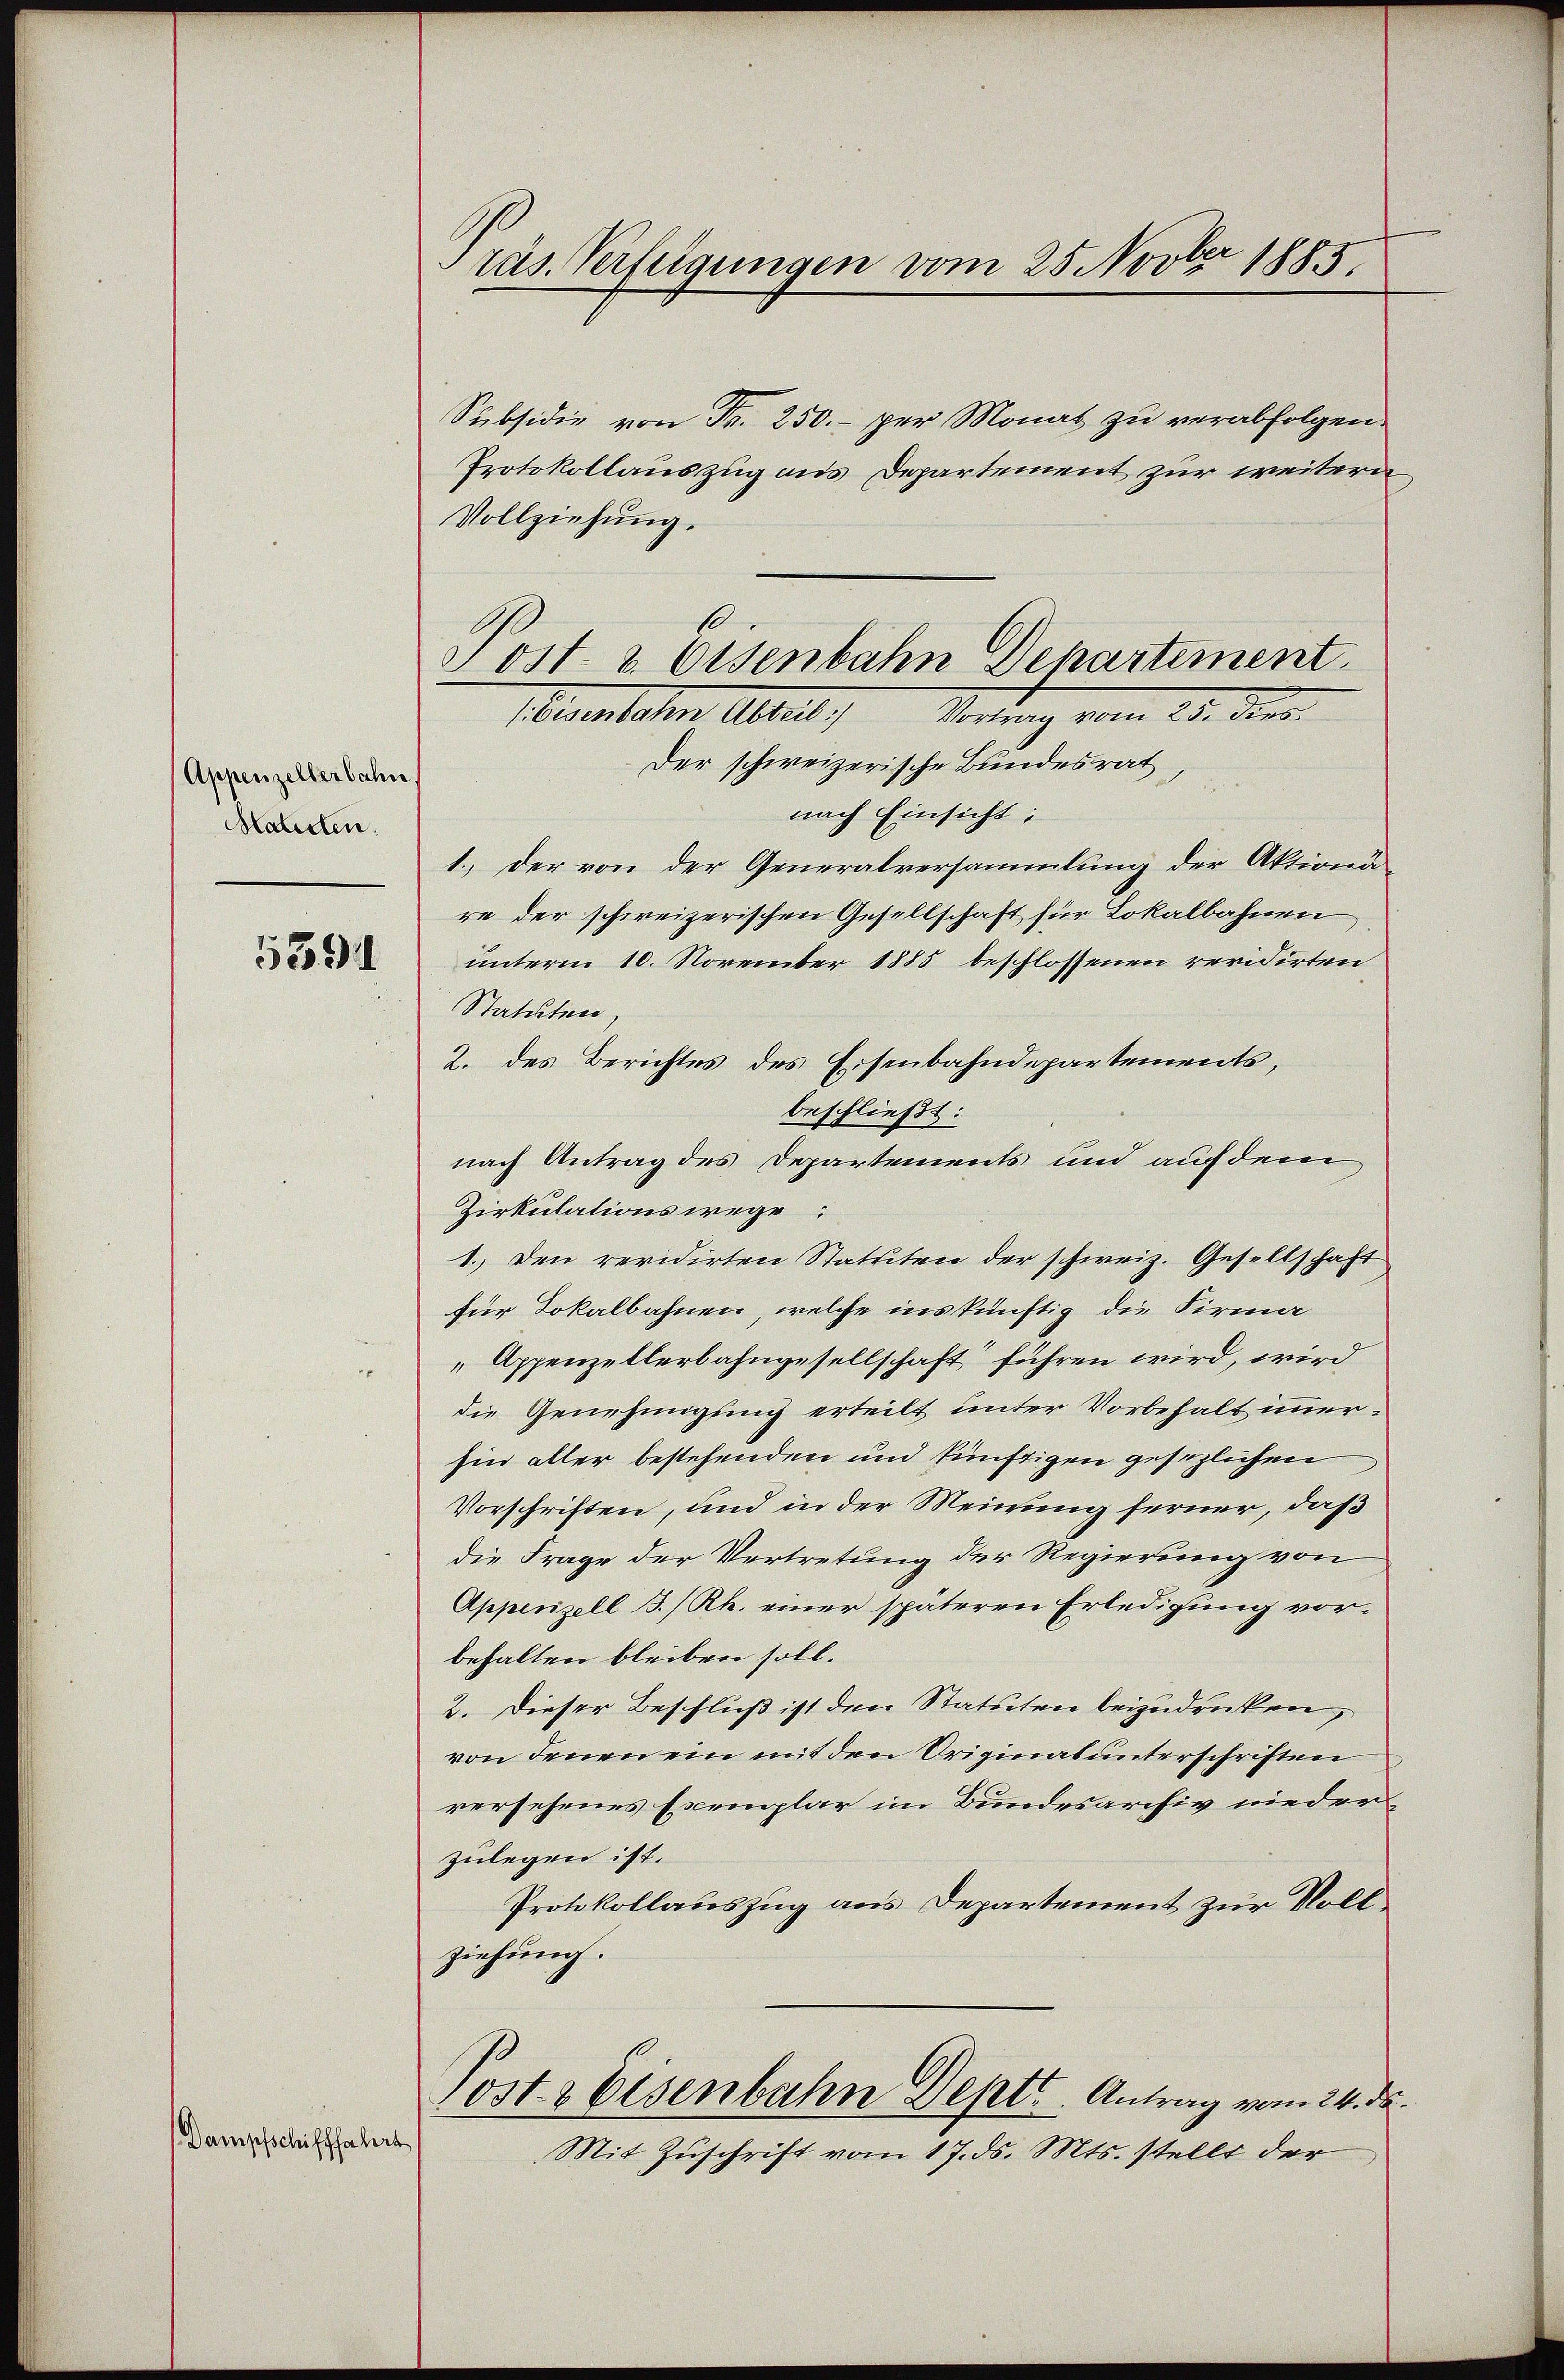
Appenzellerbahn
Haliden.

5591

Dampfschifffahrt

räs. Verfügungen vom 25. Novber 1885

Subsidie von Fr. 250.- per Monat zu verabfolgen.
Protokollauszug aus Departement zur weitern
Vollziehung.
Pestaten Altert,
Vortrag vom 25. dies
Der schweizerische Bundesrat
nach Einsicht:
1.) Der von der Generalversammlung der Aktiona
re der schweizerischen Gesellschaft für Lokalbahnen
unterm 10. November 1885 beschlossenen revidirten
Statuten,
2. des Berichtes des Eisenbahndepartements,
beschließt:
nach Antrag des Departements und auf dem
Zirkulationswege
1. Den revidirten Statuten der schweiz. Gesellschaft
für Lokalbahnen, welche ins künftig die Firma
„Appenzellerbahngesellschaft“ führen wird, wird
die Genehmigung erteilt unter Vorbehalt immerhin aller bestehenden und künftigen gesezlichen
Vorschriften, und in der Meinung ferner, daß
die Frage der Vertretung der Regierung von
Appenzell I/Rh. einer späteren Erledigung vorbehalten bleiben soll.
2. Dieser Beschluß ist den Statuten beizudrücken,
von denen ein mit den Originat unterschriften
versehenes Exemplar im Bundesarchiv nieder
zulegen ist.
Protokollauszug aus Departement zur Vollziehung.
Posts Eisenbahn Deptt. Antrag vom 24. ds.
Mit Zuschrift vom 17. ds. Mts. stellt der

1
Post- & Eisenbahn Departement